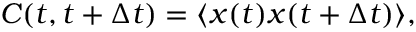
C ( t , t + \Delta t ) = \langle x ( t ) x ( t + \Delta t ) \rangle ,